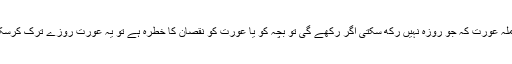
ایسی حاملہ عورت کہ جو روزہ نہیں رکھ سکتی اگر رکھے گی تو بچہ کو یا عورت کو نقصان کا خطرہ ہے تو یہ عورت روزے ترک کرسکتی ہے؟